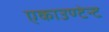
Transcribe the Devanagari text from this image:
एकाउण्टेन्ट